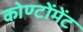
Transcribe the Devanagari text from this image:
कोण्टोंमेंट